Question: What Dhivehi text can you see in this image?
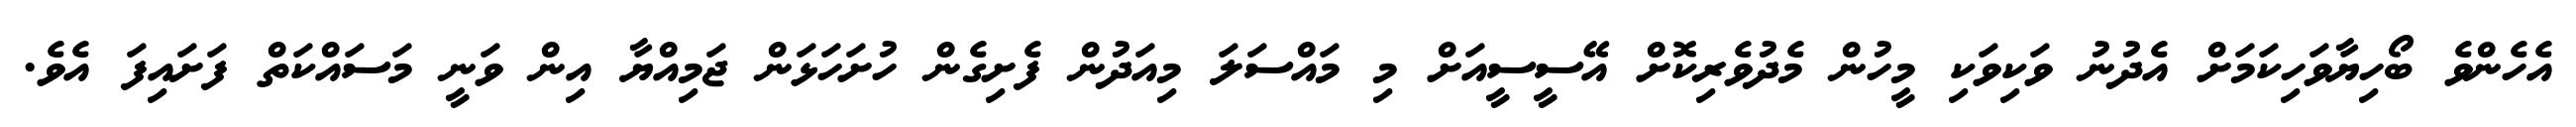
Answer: އެހެންވެ ބޯހިޔާވަހިކަމަށް އެދުނު ވަކިވަކި މީހުން މެދުވެރިކޮށް އޭސީސީއަށް މި މައްސަލަ މިއަދުން ފެށިގެން ހުށަހަޅަން ޖަމިއްޔާ އިން ވަނީ މަސައްކަތް ފަށައިފަ އެވެ.